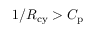
1 / R _ { \mathrm { c y } } > C _ { \mathrm { p } }